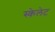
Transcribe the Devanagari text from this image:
स्केलेट